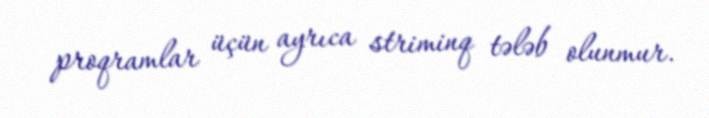
proqramlar üçün ayrıca striminq tələb olunmur.